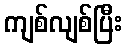
ကျစ်လျစ်ပြီး